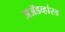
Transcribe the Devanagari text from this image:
अॲडव्हांस्ड